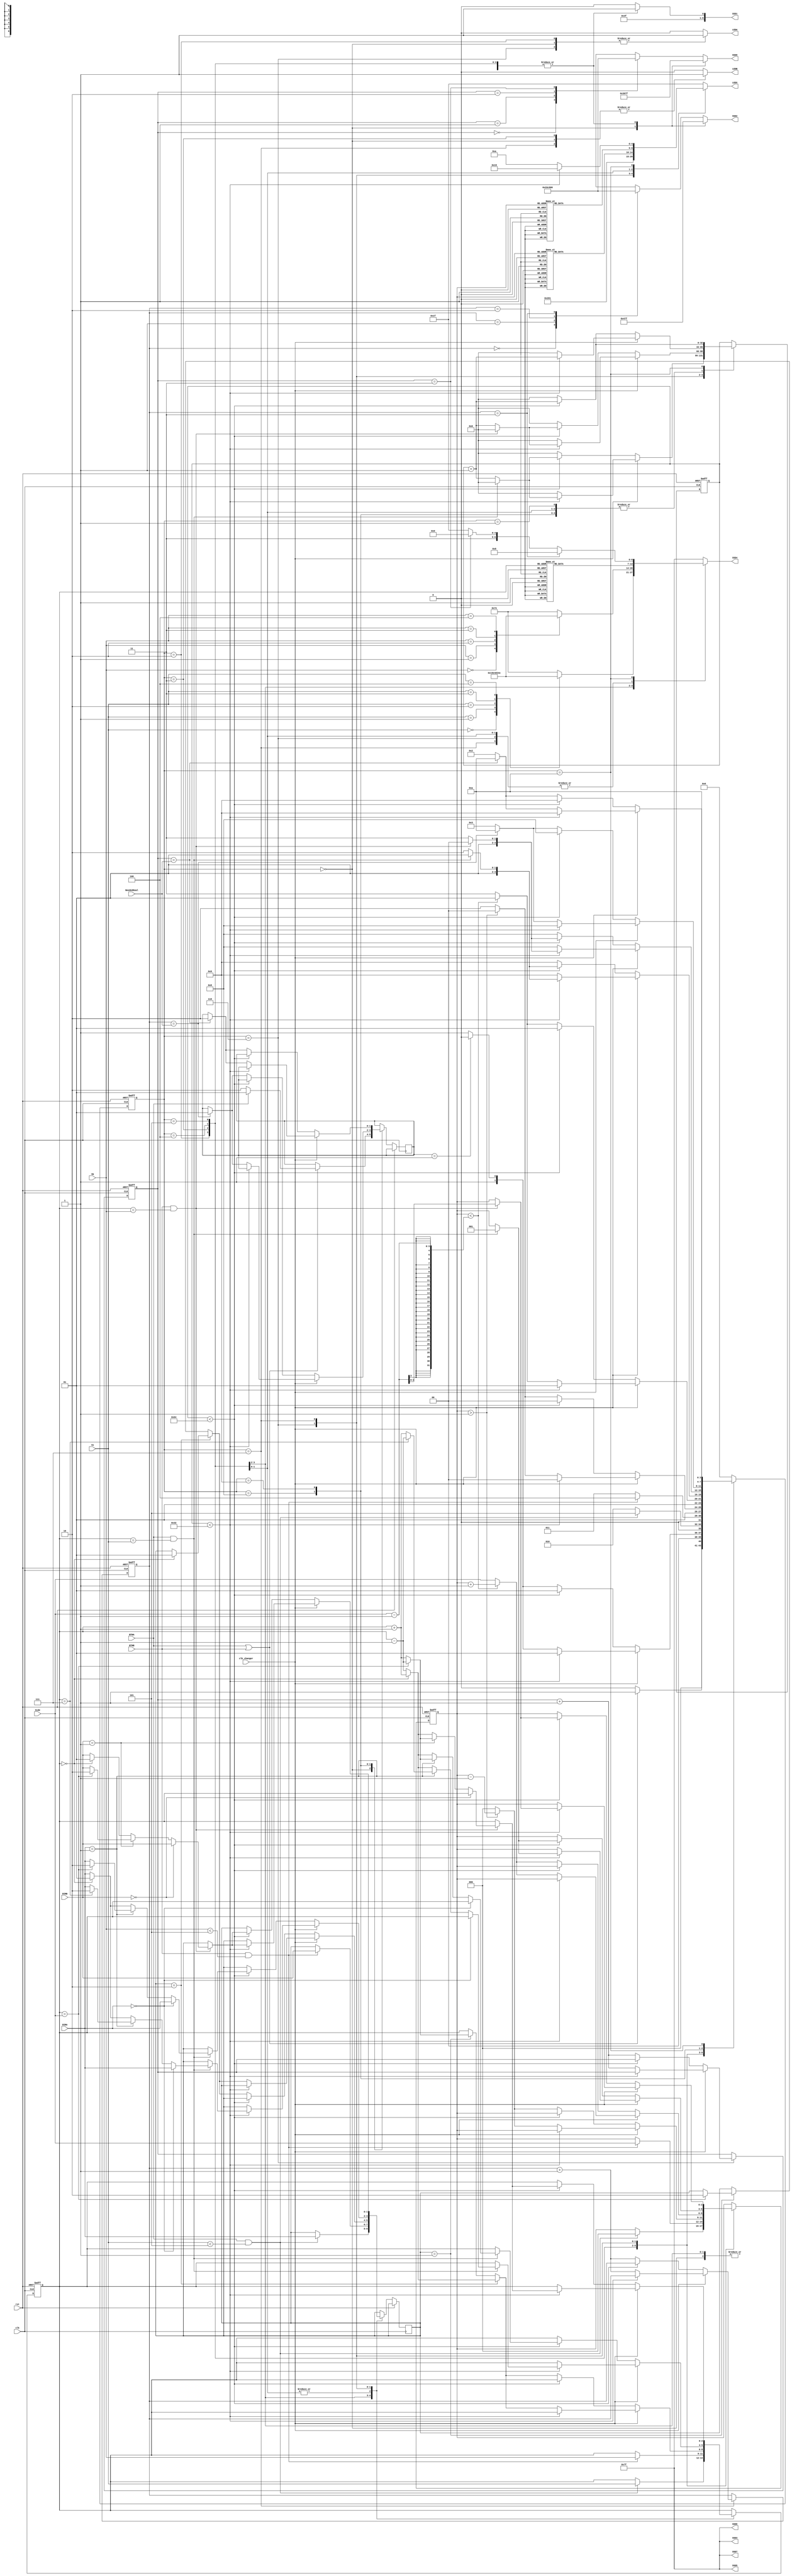
module hockey(

    input clk,
    input rst,

    input clk_changer,
    
    input BTNA,
    input BTNB,
    
    input [1:0] DIRA,
    input [1:0] DIRB,
    
    input [2:0] YA,
    input [2:0] YB,

    input [2:0] Side,
    input [2:0] NeededGoal,
   
    output reg LEDA,
    output reg LEDB,
    output reg [4:0] LEDX,
    
    output reg [6:0] SSD7,
    output reg [6:0] SSD6,
    output reg [6:0] SSD5,
    output reg [6:0] SSD4, 
    output reg [6:0] SSD3,
    output reg [6:0] SSD2,
    output reg [6:0] SSD1,
    output reg [6:0] SSD0   
    
    );
    
    parameter IDLE = 0, DISPLAY = 1, HIT_A = 2, 
    HIT_B = 3, SEND_A = 4, SEND_B = 5, RESP_A = 6, 
    RESP_B = 7, GOAL_A = 8, GOAL_B = 9, GAME_OVER = 10;

    reg [3:0] state;
    reg [1:0] score_A, score_B;
    reg [1:0] turn;
    reg [1:0] dirY;
    reg [32:0] timer;
    reg [2:0] X_COORD, Y_COORD;
    reg [3:0] Current_State;
    reg [1:0] A_Score, B_Score;
    

    initial begin
        state <= IDLE;
        score_A <= 0;
        score_B <= 0;
        X_COORD <= 3'b0;
        Y_COORD <= 3'b0;
        timer <= 0;
    end

    //Bi sorun karsa term project dosyasn ap nerede hata kyorsa o eski kodu buraya yaptr yksek ihtimal zlr zaten
    //Game_Over statine ve en sondaki gameover led formasyonuna ellemedim, gerekirse sen hallet
    always @(posedge clk or posedge rst)
    begin
        if (rst)
        begin
            state <= IDLE;
            score_A <= 0;
            score_B <= 0;
            X_COORD <= 3'b0;
            Y_COORD <= 3'b0;
            timer <= 0;
        end
        else
        begin
            Current_State <= state;
            A_Score <= score_A;
            B_Score <= score_B;
            case (state)
                IDLE: begin
                    if (BTNA || BTNB) 
                    begin
                        if (BTNA) 
                        begin
                            turn <= 2'b01;
                            state <= DISPLAY;
                        end
                        else 
                        begin
                            turn <= 2'b10;
                            state <= DISPLAY;
                        end
                    end 
                    else 
                    begin
                        state <= IDLE;
                    end
                end
                DISPLAY: begin
                    if(clk_changer) begin
                        if(timer < 50) begin //ikiye bldm ama ctrl f yapcan timer < 50 yazan yerleri bulup ne istiyolar ona gre deitirirsin. Dikkat et en son ledleri de < 50 yaptk onu geri alrsn.
                            timer <= timer + 1;
                            state <= DISPLAY;
                        end
                        else begin
                            timer <= 0;
                            if(turn == 2'b01) begin
                                state <= HIT_A;
                            end
                            else begin
                                state <= HIT_B;
                                //timer'lar sfra eitledim, asm chartta yle yazm air
                            end
                        end
                    end
                    else begin
                        if(timer < 100) begin
                            timer <= timer + 1;
                            state <= DISPLAY;
                        end
                        else begin
                            timer <= 0;
                            if(turn == 2'b01) begin
                                state <= HIT_A;
                            end
                            else begin
                                state <= HIT_B;
                                //timer'lar sfra eitledim, asm chartta yle yazm air
                            end
                        end
                    end
                end
                HIT_A: begin
                    if (BTNA && (YA <5)) begin
                        X_COORD <= 0;
                        Y_COORD <= YA;
                        dirY <= DIRA;
                        state <= SEND_B;
                    end
                    else begin
                        state <= HIT_A;
                    end
                end
                HIT_B: begin
                    if (BTNB && (YB <5)) begin
                        X_COORD <= Side;
                        Y_COORD <= YB;
                        dirY <= DIRB;
                        state <= SEND_A;
                    end
                    else begin
                        state <= HIT_B;
                    end
                end
                SEND_A: begin
                    if(clk_changer)begin
                        if(timer < 50) begin
                            timer <= timer + 1;
                            state <= SEND_A;
                        end
                        else begin
                            timer <= 0;
    
                            if(dirY == 2'b10) begin
                                if(Y_COORD == 0) begin
                                    dirY <= 2'b01;
                                    Y_COORD <= Y_COORD + 1;
                                end
                                else begin
                                    Y_COORD <= Y_COORD - 1;
                                end
                            end
    
                            else if (dirY == 2'b01) begin
                                if(Y_COORD == Side) begin
                                    dirY <= 2'b10;
                                    Y_COORD <= Y_COORD - 1;
                                end
                                else begin
                                    Y_COORD <= Y_COORD + 1;
                                end
                            end
                            else begin
                                Y_COORD <= Y_COORD;
                            end
                            
                            if (X_COORD > 1) begin
                                X_COORD <= X_COORD - 1;
                                state <= SEND_A;
                            end
                            else begin
                                X_COORD <= 0;
                                state <= RESP_A;
                            end
                        end
                    end 
                    else begin
                        if(timer < 100) begin
                            timer <= timer + 1;
                            state <= SEND_A;
                        end
                        else begin
                            timer <= 0;
    
                            if(dirY == 2'b10) begin
                                if(Y_COORD == 0) begin
                                    dirY <= 2'b01;
                                    Y_COORD <= Y_COORD + 1;
                                end
                                else begin
                                    Y_COORD <= Y_COORD - 1;
                                end
                            end
    
                            else if (dirY == 2'b01) begin
                                if(Y_COORD == Side) begin
                                    dirY <= 2'b10;
                                    Y_COORD <= Y_COORD - 1;
                                end
                                else begin
                                    Y_COORD <= Y_COORD + 1;
                                end
                            end
                            else begin
                                Y_COORD <= Y_COORD;
                            end
                            
                            if (X_COORD > 1) begin
                                X_COORD <= X_COORD - 1;
                                state <= SEND_A;
                            end
                            else begin
                                X_COORD <= 0;
                                state <= RESP_A;
                            end
                        end
                    end
                end
                SEND_B: begin
                    if(clk_changer)begin
                        if(timer < 50) begin
                            timer <= timer + 1;
                            state <= SEND_B;
                        end
                        else begin
                            timer <= 0;
    
                            if(dirY == 2'b10) begin
                                if(Y_COORD == 0) begin
                                    dirY <= 2'b01;
                                    Y_COORD <= Y_COORD + 1;
                                end
                                else begin
                                    Y_COORD <= Y_COORD - 1;
                                end
                            end
    
                            else if (dirY == 2'b01) begin
                                if(Y_COORD == Side) begin
                                    dirY <= 2'b10;
                                    Y_COORD <= Y_COORD - 1;
                                end
                                else begin
                                    Y_COORD <= Y_COORD + 1;
                                end
                            end
                            else begin
                                Y_COORD <= Y_COORD;
                            end
                            
                            if (X_COORD < (Side-1)) begin
                                X_COORD <= X_COORD + 1;
                                state <= SEND_B;
                            end
                            else begin
                                X_COORD <= Side;
                                state <= RESP_B;
                            end
                        end
                    end 
                    else begin
                        if(timer < 100) begin
                            timer <= timer + 1;
                            state <= SEND_B;
                        end
                        else begin
                            timer <= 0;
    
                            if(dirY == 2'b10) begin
                                if(Y_COORD == 0) begin
                                    dirY <= 2'b01;
                                    Y_COORD <= Y_COORD + 1;
                                end
                                else begin
                                    Y_COORD <= Y_COORD - 1;
                                end
                            end
    
                            else if (dirY == 2'b01) begin
                                if(Y_COORD == Side) begin
                                    dirY <= 2'b10;
                                    Y_COORD <= Y_COORD - 1;
                                end
                                else begin
                                    Y_COORD <= Y_COORD + 1;
                                end
                            end
                            else begin
                                Y_COORD <= Y_COORD;
                            end
                            
                            if (X_COORD < (Side-1)) begin
                                X_COORD <= X_COORD + 1;
                                state <= SEND_B;
                            end
                            else begin
                                X_COORD <= Side;
                                state <= RESP_B;
                            end
                        end
                    end
                end
                RESP_A: begin
                    if(clk_changer)begin
                        if(timer < 50) begin
                            if(BTNA && (Y_COORD == YA)) begin
                                X_COORD <= 1;
                                timer <= 0;
                                if (DIRA == 2'b00) begin
                                    dirY <= DIRA;
                                    state <= SEND_B;
                                end
                                else if(DIRA == 2'b01) begin
                                    if(Y_COORD == 7) begin
                                        dirY <= 2'b10;
                                        Y_COORD <= Y_COORD - 1;
                                        state <= SEND_B;
                                    end
                                    else begin
                                        dirY <= DIRA;
                                        Y_COORD <= Y_COORD + 1;
                                        state <= SEND_B;
                                    end
                                end
                                else begin
                                    if(Y_COORD == 0) begin
                                        dirY <= 2'b01;
                                        Y_COORD <= Y_COORD + 1;
                                        state <= SEND_B;
                                    end
                                    else begin
                                        dirY <= DIRA;
                                        Y_COORD <= Y_COORD - 1;
                                        state <= SEND_B;
                                    end
                                end
                            end
                            else begin
                                timer <= timer + 1;
                                state <= RESP_A;
                            end
                        end
                        else begin
                            timer <= 0;
                            score_B <= score_B + 1;
                            state <= GOAL_B;
                        end
                    end
                    else begin
                        if(timer < 100) begin
                            if(BTNA && (Y_COORD == YA)) begin
                                X_COORD <= 1;
                                timer <= 0;
                                if (DIRA == 2'b00) begin
                                    dirY <= DIRA;
                                    state <= SEND_B;
                                end
                                else if(DIRA == 2'b01) begin
                                    if(Y_COORD == Side) begin
                                        dirY <= 2'b10;
                                        Y_COORD <= Y_COORD - 1;
                                        state <= SEND_B;
                                    end
                                    else begin
                                        dirY <= DIRA;
                                        Y_COORD <= Y_COORD + 1;
                                        state <= SEND_B;
                                    end
                                end
                                else begin
                                    if(Y_COORD == 0) begin
                                        dirY <= 2'b01;
                                        Y_COORD <= Y_COORD + 1;
                                        state <= SEND_B;
                                    end
                                    else begin
                                        dirY <= DIRA;
                                        Y_COORD <= Y_COORD - 1;
                                        state <= SEND_B;
                                    end
                                end
                            end
                            else begin
                                timer <= timer + 1;
                                state <= RESP_A;
                            end
                        end
                        else begin
                            timer <= 0;
                            score_B <= score_B + 1;
                            state <= GOAL_B;
                        end
                    end 
                end
                RESP_B: begin
                    if(clk_changer)begin
                        if(timer < 50) begin
                            if(BTNB && (Y_COORD == YB)) begin
                                X_COORD <= (Side-1);
                                timer <= 0;
                                if (DIRB == 2'b00) begin
                                    dirY <= DIRB;
                                    state <= SEND_A;
                                end
                                else if(DIRB == 2'b01) begin
                                    if(Y_COORD == Side) begin
                                        dirY <= 2'b10;
                                        Y_COORD <= Y_COORD - 1;
                                        state <= SEND_A;
                                    end
                                    else begin
                                        dirY <= DIRB;
                                        Y_COORD <= Y_COORD + 1;
                                        state <= SEND_A;
                                    end
                                end
                                else begin
                                    if(Y_COORD == 0) begin
                                        dirY <= 2'b01;
                                        Y_COORD <= Y_COORD + 1;
                                        state <= SEND_A;
                                    end
                                    else begin
                                        dirY <= DIRB;
                                        Y_COORD <= Y_COORD - 1;
                                        state <= SEND_A;
                                    end
                                end
                            end
                            else begin
                                timer <= timer + 1;
                                state <= RESP_B;
                            end
                        end
                        else begin
                            timer <= 0;
                            score_A <= score_A + 1;
                            state <= GOAL_A;
                        end
                    end
                    else begin
                        if(timer < 100) begin
                            if(BTNB && (Y_COORD == YB)) begin
                                X_COORD <= (Side-1);
                                timer <= 0;
                                if (DIRB == 2'b00) begin
                                    dirY <= DIRB;
                                    state <= SEND_A;
                                end
                                else if(DIRB == 2'b01) begin
                                    if(Y_COORD == Side) begin
                                        dirY <= 2'b10;
                                        Y_COORD <= Y_COORD - 1;
                                        state <= SEND_A;
                                    end
                                    else begin
                                        dirY <= DIRB;
                                        Y_COORD <= Y_COORD + 1;
                                        state <= SEND_A;
                                    end
                                end
                                else begin
                                    if(Y_COORD == 0) begin
                                        dirY <= 2'b01;
                                        Y_COORD <= Y_COORD + 1;
                                        state <= SEND_A;
                                    end
                                    else begin
                                        dirY <= DIRB;
                                        Y_COORD <= Y_COORD - 1;
                                        state <= SEND_A;
                                    end
                                end
                            end
                            else begin
                                timer <= timer + 1;
                                state <= RESP_B;
                            end
                        end
                        else begin
                            timer <= 0;
                            score_A <= score_A + 1;
                            state <= GOAL_A;
                        end
                    end
                end
                GOAL_A: begin
                    if(clk_changer)begin
                        if (timer < 50) begin
                            timer <= timer + 1;
                            state <= GOAL_A;
                        end
                        else begin
                            timer <= 0;
                            if (score_A==NeededGoal) begin
                                turn <= 2'b01;
                                state <= GAME_OVER;
                            end
                            else begin
                                state <= HIT_B;
                            end
                        end
                    end
                    else begin
                        if (timer < 100) begin
                            timer <= timer + 1;
                            state <= GOAL_A;
                        end
                        else begin
                            timer <= 0;
                            if (score_A==NeededGoal) begin
                                turn <= 2'b01;
                                state <= GAME_OVER;
                            end
                            else begin
                                state <= HIT_B;
                            end
                        end
                    end
                end
                GOAL_B: begin
                    if(clk_changer)begin
                        if (timer < 50) begin
                            timer <= timer + 1;
                            state <= GOAL_B;
                        end
                        else begin
                            timer <= 0;
                            if (score_B==NeededGoal) begin
                                turn <= 2'b10;
                                state <= GAME_OVER;
                            end
                            else begin
                                state <= HIT_A;
                            end
                        end
                    end
                    else begin
                        if (timer < 100) begin
                            timer <= timer + 1;
                            state <= GOAL_B;
                        end
                        else begin
                            timer <= 0;
                            if (score_B==NeededGoal) begin
                                turn <= 2'b10;
                                state <= GAME_OVER;
                            end
                            else begin
                                state <= HIT_A;
                            end
                        end
                    end
                end
                GAME_OVER: begin
                    if (timer < 100) begin
                        timer <= timer + 1;
                        state <= GAME_OVER;
                    end
                    else begin
                        timer <= 0;
                        state <= GAME_OVER;
                    end
                end
                default: begin
                    state <= IDLE;
                end
            endcase
        end
    end   
    
// for LEDs
always @ (*)
begin
    case (state)
        IDLE: begin
            LEDA = 1;
            LEDB = 1;
            LEDX = 5'b00000;
        end
        DISPLAY, GOAL_A, GOAL_B: begin
            LEDA = 0;
            LEDB = 0;
            LEDX = 5'b11111;
        end
        HIT_A: begin
            LEDA = 1;
            LEDB = 0;
            LEDX = 5'b00000;
        end
        HIT_B: begin
            LEDA = 0;
            LEDB = 1;
            LEDX = 5'b00000;
        end
        RESP_A: begin
            LEDA = 1;
            LEDB = 0;
            LEDX = 5'b10000;
        end
        RESP_B: begin
            LEDA = 0;
            LEDB = 1;
            LEDX = 5'b00001;
        end
        SEND_A: begin
            LEDA = 0;
            LEDB = 0;
            case (X_COORD)
            0: LEDX = 5'b10000;
            1: LEDX = 5'b01000;
            2: LEDX = 5'b00100;
            3: LEDX = 5'b00010;
            4: LEDX = 5'b00001;
            5: LEDX = 5'b00010;
            6: LEDX = 5'b00100;
            7: LEDX = 5'b01000;
            endcase
        end
        SEND_B: begin
            LEDA = 0;
            LEDB = 0;
            case (X_COORD)
            0: LEDX = 5'b10000;
            1: LEDX = 5'b01000;
            2: LEDX = 5'b00100;
            3: LEDX = 5'b00010;
            4: LEDX = 5'b00001;
            5: LEDX = 5'b00010;
            6: LEDX = 5'b00100;
            7: LEDX = 5'b01000;
            endcase
        end
        GOAL_A: begin
            LEDA = 1;
            LEDB = 0;
            LEDX = 5'b00000;
        end
        GOAL_B: begin
            LEDA = 0;
            LEDB = 1;
            LEDX = 5'b00000;
        end
        GAME_OVER: begin
            if (timer < 50) begin
                LEDA = 0;
                LEDB = 0;
                LEDX = 5'b10101;
            end
            else begin
                LEDA = 0;
                LEDB = 0;
                LEDX = 5'b01010;
            end
        end
        default: begin
            LEDA = 0;
            LEDB = 0;
            LEDX = 5'b11111;
        end
    endcase

end
//for SSDs
always @ (*)
begin
    SSD1 = 7'b1111111;
    SSD6 = 7'b1111111;
    SSD3 = 7'b1111111;
    SSD5 = 7'b1111111;
    SSD7 = 7'b1111111;
    SSD2 = 7'b1111111;
    SSD0 = 7'b1111111;
    SSD4 = 7'b1111111;


    case(state)
        IDLE: begin
            SSD2 = 7'b0001000;
            SSD0 = 7'b1100000;
            SSD1 = 7'b1111110;
            SSD6 = 7'b1111111;
            SSD3 = 7'b1111111;
            SSD5 = 7'b1111111;
            SSD7 = 7'b1111111;
            SSD4 = 7'b1111111;
        end
        DISPLAY: begin
            case (score_A)
                0: SSD2 = 7'b0000001;
                1: SSD2 = 7'b1001111;
                2: SSD2 = 7'b0010010;
                3: SSD2 = 7'b0000110;
                4: SSD2 = 7'b1001100;
                5: SSD2 = 7'b1001000;
                6: SSD2 = 7'b0000000;
                7: SSD2 = 7'b0001111;
                default: SSD2 = 7'b1111111;
            endcase
            case (score_B)
                0: SSD0 = 7'b0000001;
                1: SSD0 = 7'b1001111;
                2: SSD0 = 7'b0010010;
                3: SSD0 = 7'b0000110;
                4: SSD0 = 7'b1001100;
                5: SSD0 = 7'b1001000;
                6: SSD0 = 7'b0000000;
                7: SSD0 = 7'b0001111;
                default: SSD0 = 7'b1111111;
            endcase
            SSD1 = 7'b1111110;
            SSD6 = 7'b1111111;
            SSD3 = 7'b1111111;
            SSD5 = 7'b1111111;
            SSD7 = 7'b1111111;
            SSD4 = 7'b1111111;
        end
        HIT_A: begin
            case (YA)
                0: SSD4 = 7'b0000001;
                1: SSD4 = 7'b1001111;
                2: SSD4 = 7'b0010010;
                3: SSD4 = 7'b0000110;
                4: SSD4 = 7'b1001100;
                default: SSD4 = 7'b1111110;
            endcase
        end
        HIT_B: begin
            case (YB)
                0: SSD4 = 7'b0000001;
                1: SSD4 = 7'b1001111;
                2: SSD4 = 7'b0010010;
                3: SSD4 = 7'b0000110;
                4: SSD4 = 7'b1001100;
                default: SSD4 = 7'b1111110;
            endcase
        end
        RESP_A, SEND_A, RESP_B, SEND_B: begin
            case (Y_COORD)
                0: SSD4 = 7'b0000001;
                1: SSD4 = 7'b1001111;
                2: SSD4 = 7'b0010010;
                3: SSD4 = 7'b0000110;
                4: SSD4 = 7'b1001100;
                5: SSD4 = 7'b1001000;
                6: SSD4 = 7'b0000000;
                7: SSD4 = 7'b0001111;
                default: SSD4 = 7'b1111110;
            endcase
        end
        GOAL_A, GOAL_B: begin
            case (score_A)
                0: SSD2 = 7'b0000001;
                1: SSD2 = 7'b1001111;
                2: SSD2 = 7'b0010010;
                3: SSD2 = 7'b0000110;
                4: SSD2 = 7'b1001100;
                5: SSD2 = 7'b1001000;
                6: SSD2 = 7'b0000000;
                7: SSD2 = 7'b0001111;
                default: SSD2 = 7'b1111111;
            endcase
            case (score_B)
                0: SSD0 = 7'b0000001;
                1: SSD0 = 7'b1001111;
                2: SSD0 = 7'b0010010;
                3: SSD0 = 7'b0000110;
                4: SSD0 = 7'b1001100;
                5: SSD0 = 7'b1001000;
                6: SSD0 = 7'b0000000;
                7: SSD0 = 7'b0001111;
                default: SSD0 = 7'b1111111;
            endcase
            SSD1 = 7'b1111110;
            SSD6 = 7'b1111111;
            SSD3 = 7'b1111111;
            SSD5 = 7'b1111111;
            SSD7 = 7'b1111111;
            SSD4 = 7'b1111111;
        end
        GAME_OVER: begin
            case (score_A)
                0: SSD2 = 7'b0000001;
                1: SSD2 = 7'b1001111;
                2: SSD2 = 7'b0010010;
                3: SSD2 = 7'b0000110;
                4: SSD2 = 7'b1001100;
                5: SSD2 = 7'b1001000;
                6: SSD2 = 7'b0000000;
                7: SSD2 = 7'b0001111;
                default: SSD2 = 7'b1111111;
            endcase
            case (score_B)
                0: SSD0 = 7'b0000001;
                1: SSD0 = 7'b1001111;
                2: SSD0 = 7'b0010010;
                3: SSD0 = 7'b0000110;
                4: SSD0 = 7'b1001100;
                5: SSD0 = 7'b1001000;
                6: SSD0 = 7'b0000000;
                7: SSD0 = 7'b0001111;
                default: SSD0 = 7'b1111111;
            endcase
            SSD1 = 7'b1111110;
            SSD6 = 7'b1111111;
            SSD3 = 7'b1111111;
            SSD5 = 7'b1111111;
            SSD7 = 7'b1111111;
            if (score_A == 3) begin
                SSD4 = 7'b0001000;
            end
            else if (score_B == 3) begin
                SSD4 = 7'b1100000;
            end
            else begin
                SSD4 = 7'b1111111;
        end
        end
        default: begin
            case (score_A)
                0: SSD2 = 7'b0000001;
                1: SSD2 = 7'b1001111;
                2: SSD2 = 7'b0010010;
                3: SSD2 = 7'b0000110;
                4: SSD2 = 7'b1001100;
                5: SSD2 = 7'b1001000;
                6: SSD2 = 7'b0000000;
                7: SSD2 = 7'b0001111;
                default: SSD2 = 7'b1111111;
            endcase
            case (score_B)
                0: SSD0 = 7'b0000001;
                1: SSD0 = 7'b1001111;
                2: SSD0 = 7'b0010010;
                3: SSD0 = 7'b0000110;
                4: SSD0 = 7'b1001100;
                5: SSD0 = 7'b1001000;
                6: SSD0 = 7'b0000000;
                7: SSD0 = 7'b0001111;
                default: SSD0 = 7'b1111111;
            endcase
            SSD1 = 7'b1111110;
            SSD6 = 7'b1111111;
            SSD3 = 7'b1111111;
            SSD5 = 7'b1111111;
            SSD7 = 7'b1111111;
            SSD4 = 7'b1111111;
        end
    endcase
end
    
    
endmodule